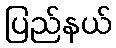
ပြည်နယ်